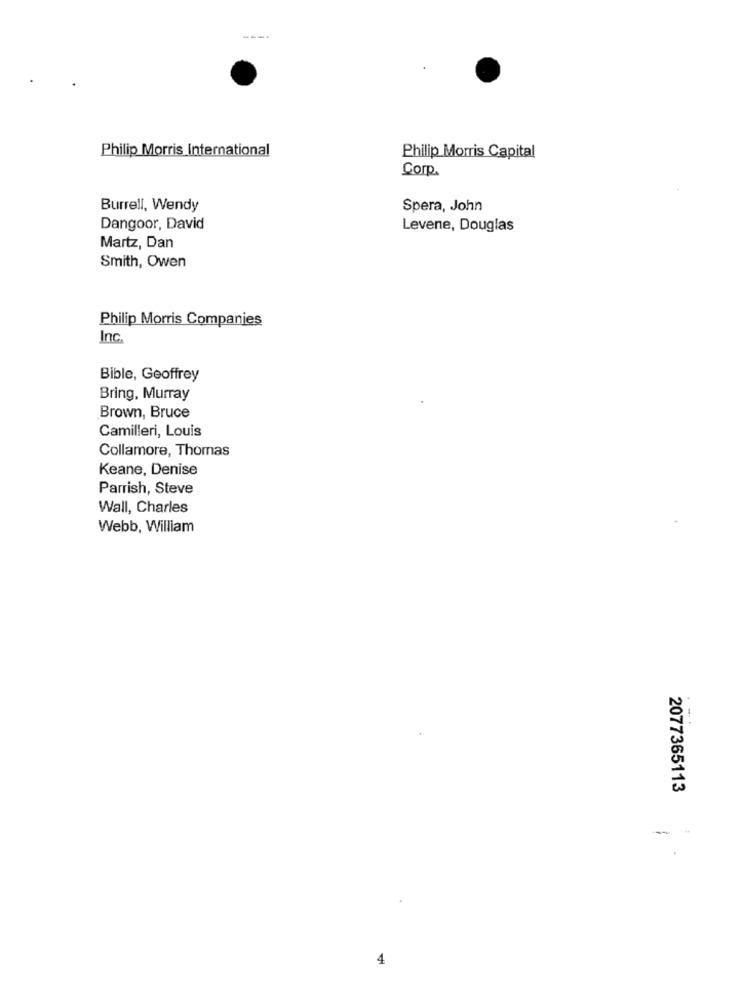
Philip Morris International
Philip Morris Capital
Corp.
Burrell, Wendy
Spera, John
Dangoor, David
Levene, Douglas
Martz, Dan
Smith, Owen
Philip Morris Companies
Inc
Bible, Geoffrey
Bring, Murray
Brown, Bruce
Camilleri, Louis
Collamore, Thomas
Keane, Denise
Parrish, Steve
Wall, Charles
Webb, William
2077365113